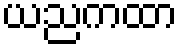
ယညကထာ